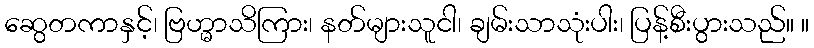
ဆွေတကာနှင့်၊ ဗြဟ္မာသိကြား၊ နတ်များသူငါ၊ ချမ်းသာသုံးပါး၊ ပြန့်စီးပွားသည်။ ။